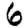
Digit: 6